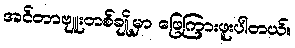
အင်တာဗျူးတစ်ချို့မှာ ဖြေကြားဖူးပါတယ်။